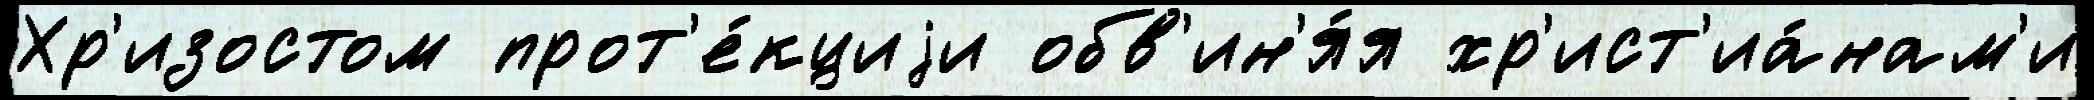
Хр'изостом прот'е́кциjи обв'ин'я́я хр'ист'иа́нам'и